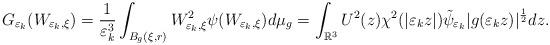
LaTeX: \begin{align*}G_{\varepsilon_{k}}(W_{\varepsilon_{k},\xi})=\frac{1}{\varepsilon_{k}^{3}}\int_{B_{g}(\xi,r)}W_{\varepsilon_{k},\xi}^{2}\psi(W_{\varepsilon_{k},\xi})d\mu_{g}=\int_{\mathbb{R}^{3}}U^{2}(z)\chi^{2}(|\varepsilon_{k}z|)\tilde{\psi}_{\varepsilon_{k}}|g(\varepsilon_{k}z)|^{\frac{1}{2}}dz.\end{align*}